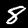
Digit: 8